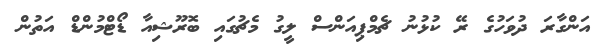
އަންގާރަ ދުވަހުގެ ރޭ ކުޅުނު ޗެމްޕިއަންސް ލީގު މެޗުގައި ބޮރޫޝިއާ ޑޯޓްމުންޑް އަތުން